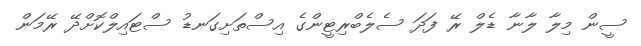
ސީން މިލާ ލާނާ ޑެލް ރޭ ފަދަ ސެލެބްރިޓީންގެ އިސްތަށިގަނޑު ސްޓައިލްކޮށްދޭ ރޭމަން